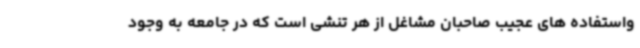
واستفاده های عجیب صاحبان مشاغل از هر تنشی است که در جامعه به وجود